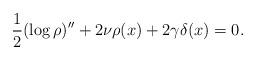
LaTeX: \begin{align*}\frac{1}{2}(\log\rho)^{\prime\prime}+2\nu\rho(x)+2\gamma\delta(x)=0.\end{align*}